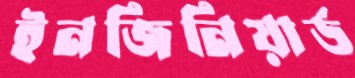
ইনজিনিয়ার্ড